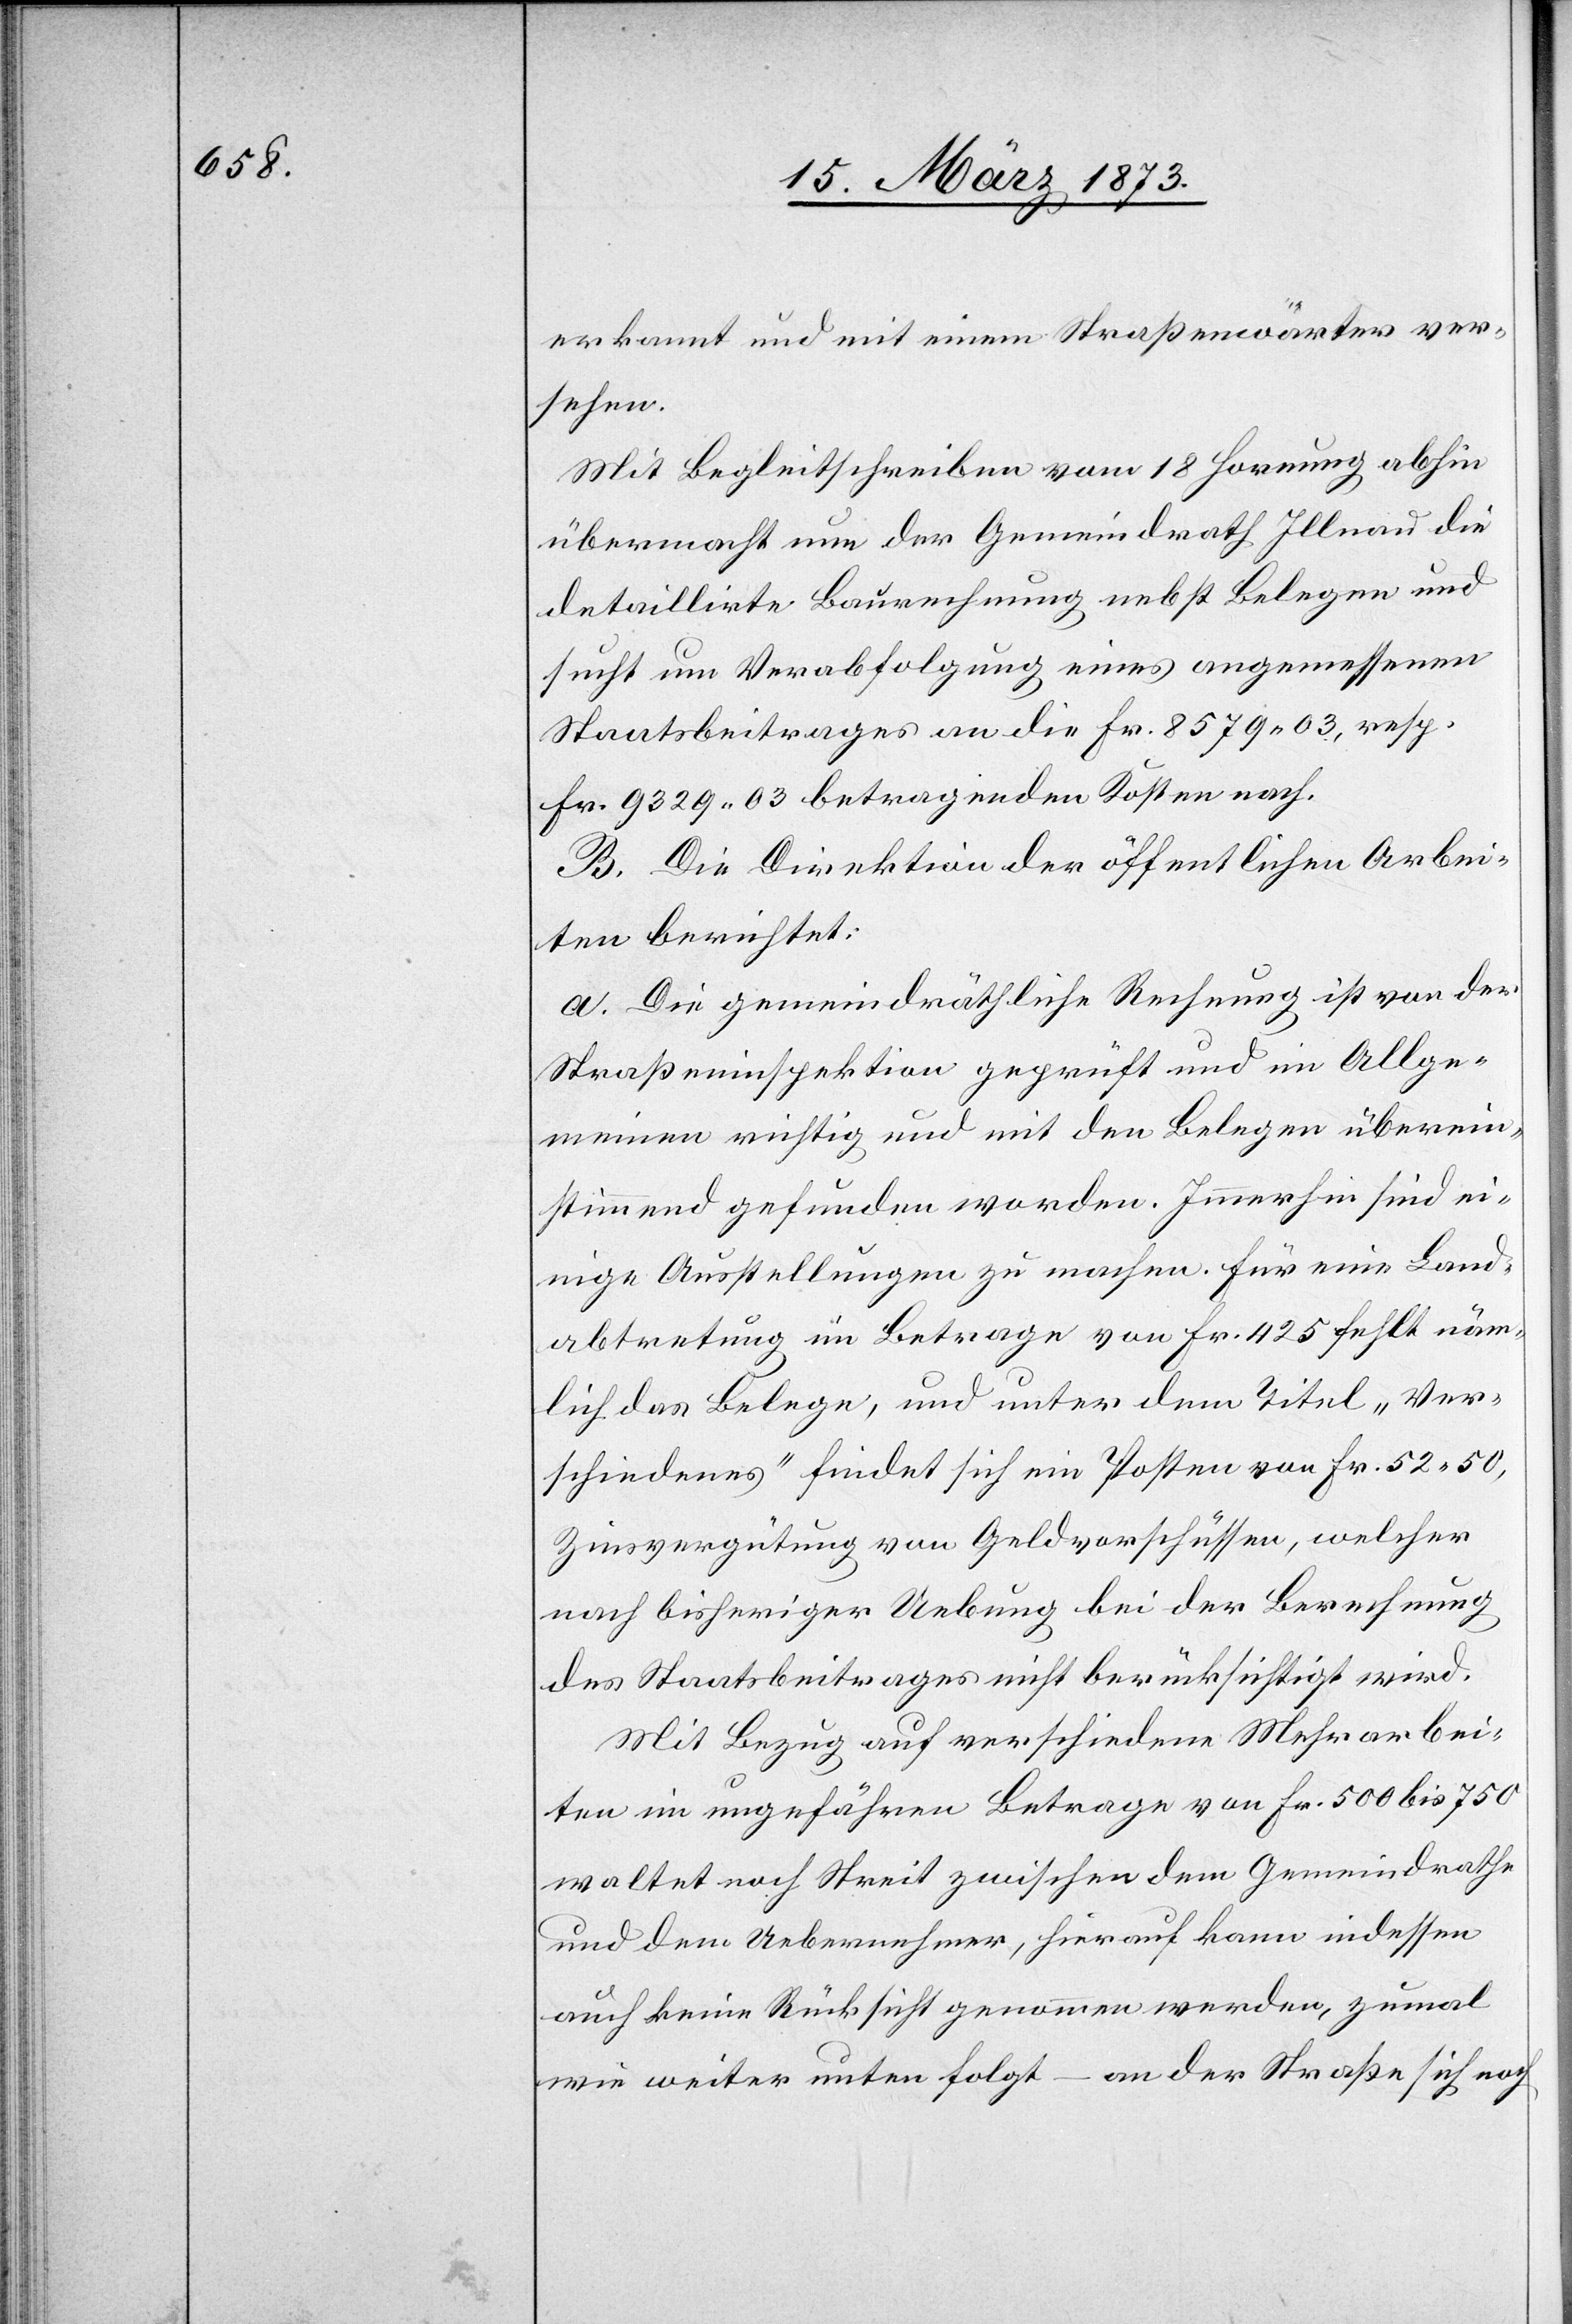
erkannt und mit einem Straßenwärter ver¬
sehen.
Mit Begleitschreiben vom 18 Hornung abhin
übermacht nun der Gemeindrath Illnau die
detaillirte Baurechnung nebst Belegen und
sucht um Verabfolgung eines angemessenen
Staatsbeitrages an die Fr. 8579. 03, resp.
Fr. 9329. 03 betragenden Kosten nach.
B. Die Direktion der öffentlichen Arbei¬
ten berichtet:
a. Die gemeindräthliche Rechnung ist von der
Straßeninspektion geprüft und im Allge¬
meinen richtig und mit den Belegen überein¬
stimmend gefunden worden. Immerhin sind ei¬
nige Ausstellungen zu machen. Für eine Land¬
abtretung im Betrage von Fr. 425 fehlt näm¬
lich das Belege, und unter dem Titel „Ver¬
schiedenes“ findet sich ein Posten von Fr. 52. 50,
Zinsvergütung von Geldvorschüssen, welcher
nach bisheriger Uebung bei der Berechnung
des Staatsbeitrages nicht berücksichtigt wird.
Mit Bezug auf verschiedene Mehrarbei¬
ten im ungefähren Betrage von Fr. 500 bis 750
waltet noch Streit zwischen dem Gemeindrathe
und dem Uebernehmer, hierauf kann indessen
auch keine Rücksicht genommen werden, zumal
wie weiter unten folgt – an der Straße sich noch